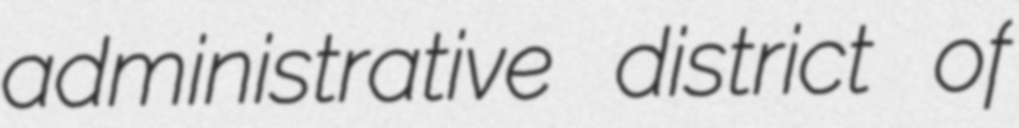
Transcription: administrative district of